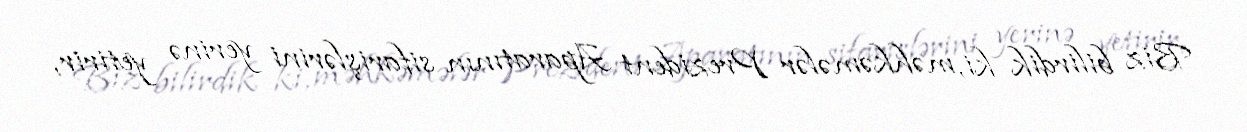
Biz bilirdik ki, məhkəmələr Prezident Aparatının sifarişlərini yerinə yetirir,